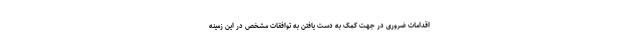
اقدامات ضروری در جهت کمک به دست یافتن به توافقات مشخص در این زمینه